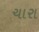
ચારા